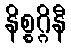
နိစ္စဂ္ဂိနီ